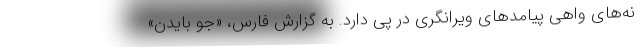
نه‌های واهی پیامدهای ویرانگری در پی دارد. به گزارش فارس، «جو بایدن»